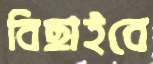
বিছাইবে